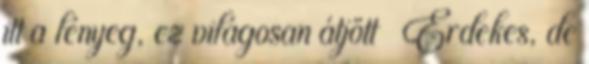
itt a lényeg, ez világosan átjött 🙂 Érdekes, de